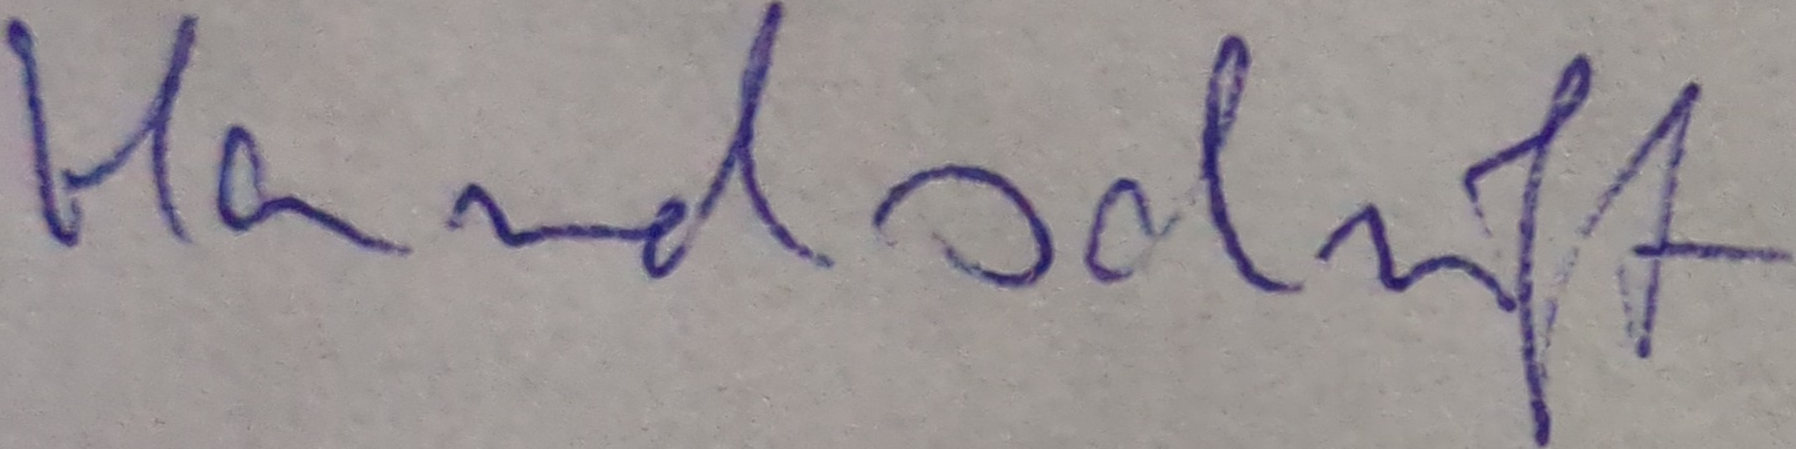
Handschrift